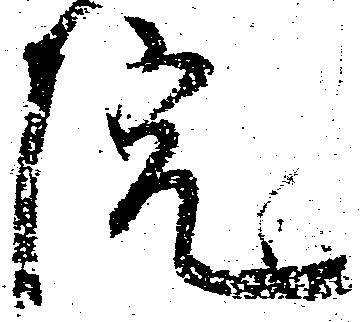
院